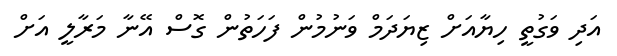
އަދި ވަގުތީ ހިޔާއަށް ޒިޔަދަމް ވަނުމުން ފަހަތުން ގޮސް އޭނާ މަރާލީ އަށް